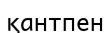
қантпен